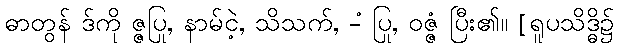
ဓာတွန် ဒ်ကို ဇ္ဇပြု, နာမ်ငဲ့, သိသက်, -ံ ပြု, ဝဇ္ဇံ ပြီး၏။ [ရူပသိဒ္ဓိ၌